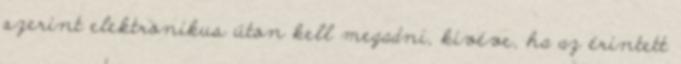
szerint elektronikus úton kell megadni, kivéve, ha az érintett